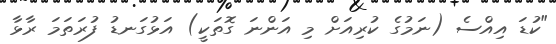
"ކުޑަ އިއްސެ (ނަމުގެ ކުރިއަށް މި އަންނަ ގޮތަކީ) އަޅުގަނޑު ފުރަތަމަ ރާޅާ